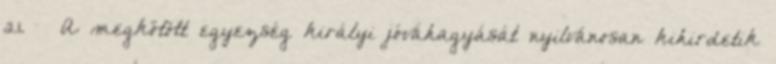
21. – A megkötött egyezség királyi jóváhagyását nyilvánosan kihirdetik